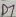
Text: D6